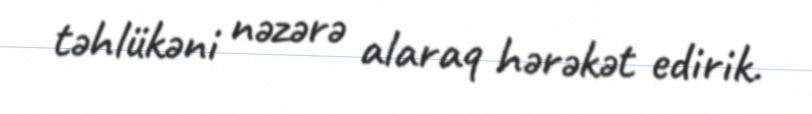
təhlükəni nəzərə alaraq hərəkət edirik.